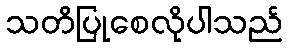
သတိပြုစေလိုပါသည်